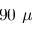
9 0 ~ \mu